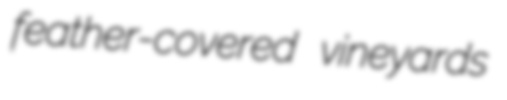
feather-covered vineyards